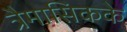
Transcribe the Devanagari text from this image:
त्रैमासिकके